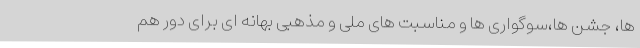
ها، جشن ها،سوگواری ها و مناسبت های ملی و مذهبی بهانه ای برای دور هم